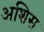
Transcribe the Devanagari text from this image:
अशिस